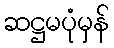
ဆဋ္ဌမပုံမှန်